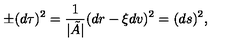
\pm ( d \tau ) ^ { 2 } = \frac { 1 } { \vert \tilde { A } \vert } ( d r - \xi d v ) ^ { 2 } = ( d s ) ^ { 2 } ,